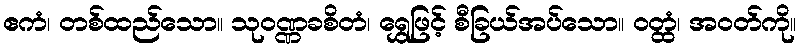
ဧကံ၊ တစ်ထည်သော။ သုဝဏ္ဏခစိတံ၊ ရွှေဖြင့် စီခြယ်အပ်သော။ ဝတ္ထံ၊ အဝတ်ကို။